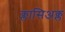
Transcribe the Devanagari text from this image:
क्लासिअक्ल